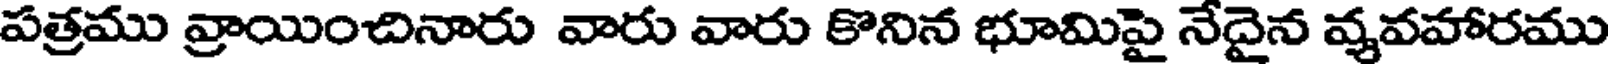
పత్రము వ్రాయించినారు వారు వారు కొనిన భూమిపై నేదైన వ్యవహారము